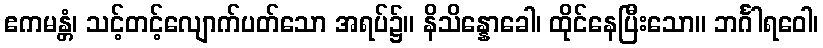
ဧကမန္တံ၊ သင့်တင့်လျောက်ပတ်သော အရပ်၌။ နိသိန္နောခေါ၊ ထိုင်နေပြီးသော။ ဘင်္ဂါရဝေါ၊